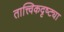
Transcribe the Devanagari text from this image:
तात्त्विकदृष्ट्या